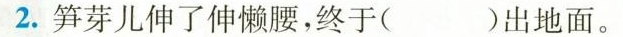
2.笋芽儿伸了伸懒腰，终于( )出地面。